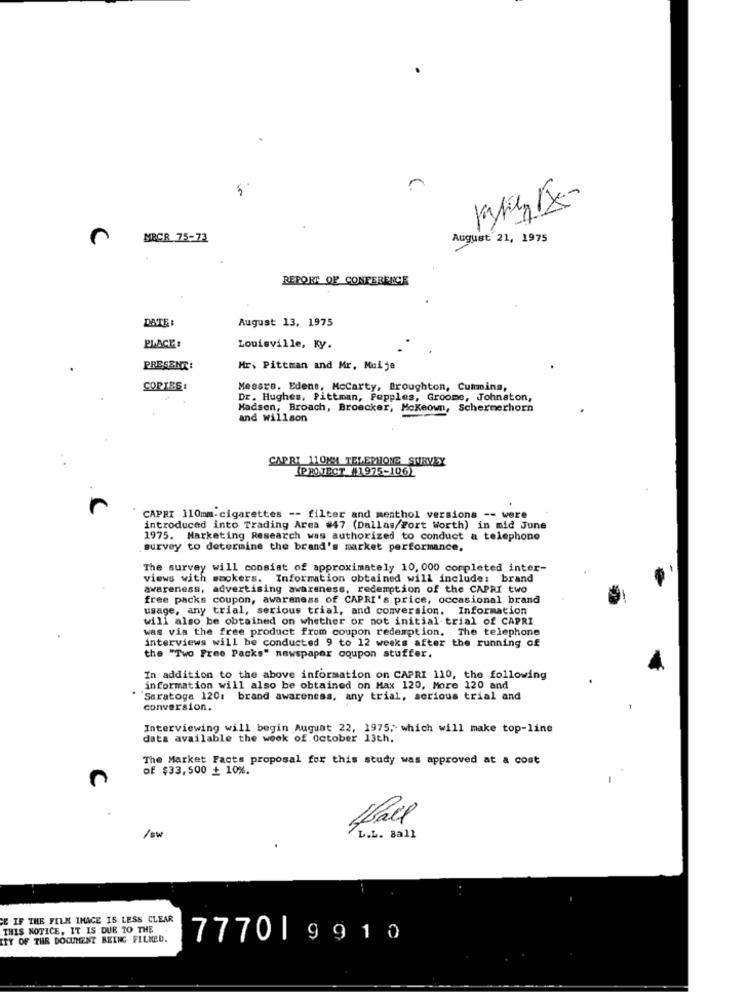
MRCR 75-73
August 21, 1975
REPORT OF CONFERENCE
DATE :
August 13, 1975
PLACE:
Louisville, Ky.
PRESENT:
Mr. Pittman and Mr. Muije
COPIES:
Messrs. Edene, Mccarty, Broughton, Cummins,
Dr. Hughes, Pittman, Pepples, Groome, Johnston,
Madsen, Broach, Broecker, Mckeown, Schermerhorn
and willson
CAPRI 110MM TELEPHONE SURVEY
(PROJECT 41975-106)
CAPRI 110mm-cigarettes -- filter and menthol versions -- were
introduced into Trading Area #47 (Dallas/Fort Worth) in mid June
1975. Marketing Research was authorized to conduct a telephone
survey to determine the brand's market performance,
The survey will consist of approximately 10, 000 completed inter-
views with smokers. Information obtained will include: brand
awareness, advertising awareness, redemption of the CAPRI two
free packs coupon, awareness of CAPRI's price, occasional brand
usage, any trial, serious trial, and conversion. Information
will also be obtained on whether or not initial trial of CAPRI
was via the free product from coupon redemption, The telephone
interviews will be conducted 9 to 12 weeks after the running of
the "Two Free Packs" newspaper coupon stuffer.
In addition to the above information on CAPRI 110, the following
information will also be obtained on Max 120, More 120 and
Saratoga 120: brand awareness, any trial, serious trial and
conversion.
Interviewing will begin August 22, 1975,which will make top-line
data available the week of October 13th.
The Market Facts proposal for this study was approved at a cost
of $33,500 + 10%.
/sw
L.L. Ball
CE IF THE FILM IMAGE IS LESS CLEAR
THIS NOTICE, IT IS DUE TO THE
LIY OF THE DOCUMENT BEING FILMED.
7770| 9910